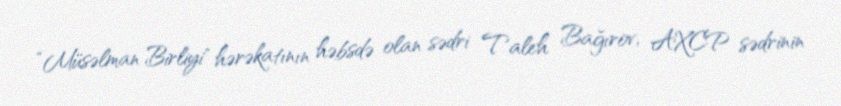
“Müsəlman Birliyi" hərəkatının həbsdə olan sədri Taleh Bağırov, AXCP sədrinin